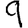
Digit: 9